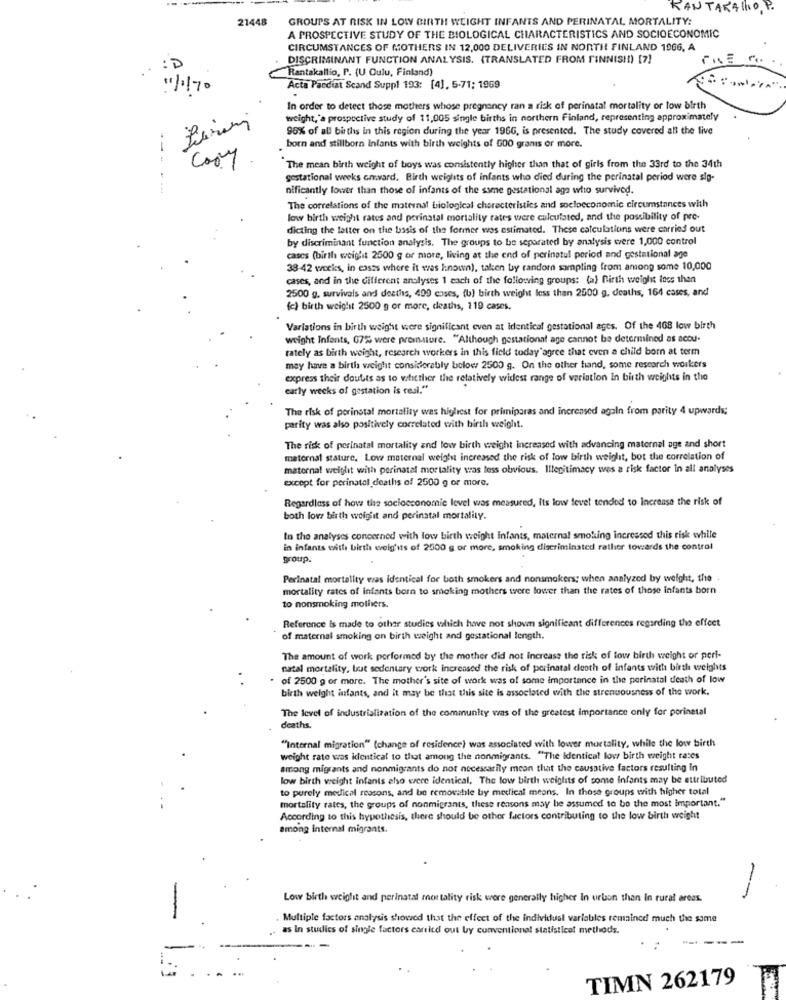
KANTARALIO P.
21448
GROUPS AT RISK IN LOW BIRTH WEIGHT INFANTS AND PERINATAL, MORTALITY:
A PROSPECTIVE STUDY OF THE BIOLOGICAL CHARACTERISTICS AND SOCIOECONOMIC
CIRCUMSTANCES OF MOTHERS IN 12,000 DELIVERIES IN NORTH FINLAND 1966, A
DISCRIMINANT FUNCTION ANALYSIS. (TRANSLATED FROM FINNISH!) [7]
.. : D
Rantakallio, P. (U Oulu, Finland)
"/1170
Acta Paediat Scand Suppl 193: [4]. 5-71; 1969
In order to detect those mothers whose pregnancy ran a risk of perinatal mortality or low birth
weight,"a prospective study of 11,005 single births in northern Finland, representing approximately
96% of all births in this region during the year 1966, is presented. The study covered all the live
born and stillborn Infants with birth weights of 600 granis or more.
Cooy
The mean birth weight of boys was consistently higher than that of girls from the 33rd to the 34th
--....
gestational weeks cm.vard. Birth weights of infants who died during the perinatal period were sig-
nificantly lower than those of infants of the same gestational aga who survived.
The correlations of the maternal biological cherecteristics and socioeconomic circumstances with
low birth weight rates and perinatal mortality rates were calculated, and the possibility of pre-
dicting the latter on the basis of the former was estimated. These calculations were carried out
by discriminant function analysis. The groups to be separated by analysis were 1,000 control
cascs (birth weight 2500 g or more, living at the end of perinatul period and gestational age
38-42 weeks, in cases where it was known), taken by random sampling from among some 10,000
cases, and in the different analyses 1 each of the following groups: (a) Birth weight loss then
2500 g. survivals and deaths, 409 cases, (b) birth weight less than 2500 g. deaths, 164 cases, and
(c) birth weight 2500 g or more, deaths, 119 cases.
Variations in birth weight were significant even at identical gestational ages. Of the 468 low birth
weight Infants, 07% were pressure. "Although gestational age cannot be determined as acou-
tately as birth weight, research workers in this field today agree that even a child born at term
may have a birth weight considerably below 2500 g. On the other hand, some research workers
express their doubts as to whether the relatively widest range of variation In birth weights in the
early weeks of gestation is real."
The risk of perinstal mortality was higliest for primiparas and increased again from parity 4 upwards;
parity was also positively correlated with birth weight.
The risk of perinatal mortality and low birth weight increased with advancing maternal age and short
maternal stature, Low maternal weight increased the risk of low birth weight, bot the correlation of
maternal weight with perinatal mortality was less obvious. Illegitimacy was a risk factor in all analyses
except for perinatal deaths of 2500 g or more.
Regardless of how the socioeconomic level was measured, Its low level tended to increase the risk of
both low birth weight and perinatal mortality.
In the analyses concerned with low birth weight Infants, maternal smoking increased this risk while
in infants with birth weig'its of 2500 g or more, smoking discriminated rather towards the control
group.
Perinatal mortality was identical for both smokers and nonsmokers; when analyzed by weight, the .
mortality rates of infants born to smoking mothers were lower than the rates of those infants born
to nonsmoking mothers.
Reference is made to other studies which have not shown significant differences regarding the effect
of maternal smoking on birth weight and gestational length.
The amount of work porformed by the mother did not increase the risk of low birth weight or peri-
natal mortality, but sedentary work increased the risk of perinatal death of infants with birth weights
. of 2500 g or more. The mother's site of work was of some importance in the perinatal death of low
birth weight infants, and it may be that this site is associated with the strenuousness of the work.
The level of industrialization of the community was of the greatest importance only for porinetal
deaths.
"Internal migration" (change of residence) was associated with lower mortality, while the low birth
weight rate was identical to that among the nonmigrants. "The Identical low birth weight races
among migrants and nonmigrants do not necessarily mean that the causative factors resulting in
low birth weight infants elso were identical, The low birth weights of some Infants may be attributed
to purely medical reasons, and be removable by medical means. In those groups with higher total
mortality rates, the groups of nonmigrants, these reasons may be assumed to be the most important."
According to this hypothesis, there should be other factors contributing to the low birth weight
among internal migrants.
-
Low birth weight and perinatal mortality risk were generally higher In urlon than In rural areas.
Multiple factors analysis showed that the effect of the individual variables remained much the same
as In studies of single factors carried out by conventional statistical methods.
-----
TIMN 262179